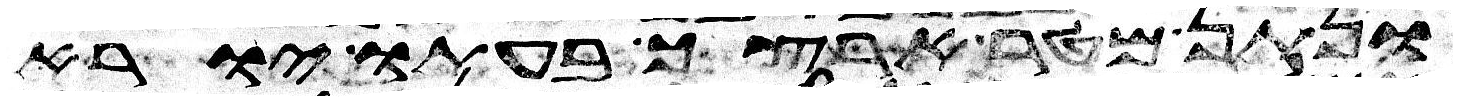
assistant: ונתן מטר ארצך בעתו יורא